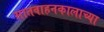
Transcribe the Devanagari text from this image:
सातवाहनकालाच्या